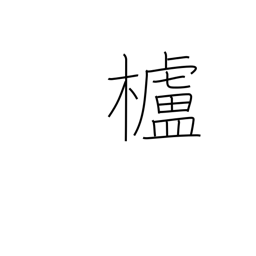
Meaning: wax tree